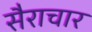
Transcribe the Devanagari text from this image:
सैराचार